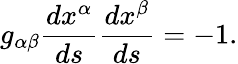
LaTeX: {g_{\alpha\beta}}{\frac{dx^{\alpha}}{ds}}{\frac{dx^{\beta}}{ds}}=-1.